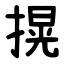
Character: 㨪